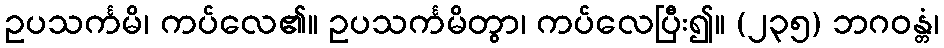
ဥပသင်္ကမိ၊ ကပ်လေ၏။ ဥပသင်္ကမိတွာ၊ ကပ်လေပြီး၍။ (၂၃၅) ဘဂဝန္တံ၊